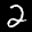
Label: 2